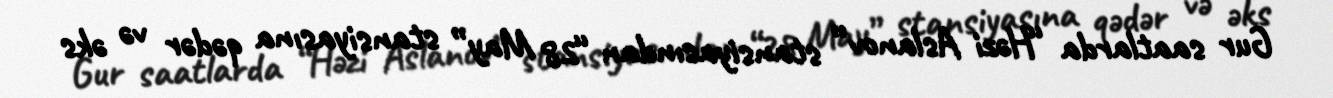
Gur saatlarda “Həzi Aslanov” stansiyasından “28 May” stansiyasına qədər və əks